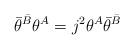
LaTeX: \begin{align*}\bar \theta ^{\bar B}\theta ^A=j^2\theta ^A\bar \theta ^{\bar B}\end{align*}